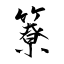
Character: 簝